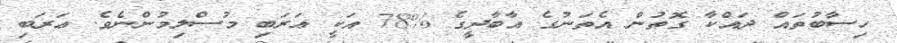
ހިސާބުތައް ދައްކާ ގޮތުން އެތަނުގެ އާބާދީގެ %78 އަކީ ޢަރަބި މުސްލިމުންނެވެ. ޢަރަބި